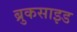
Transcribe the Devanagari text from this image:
ब्रुकसाइड